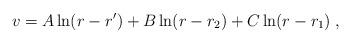
LaTeX: \begin{align*}v = A \ln (r - r') + B \ln (r- r_2) + C \ln (r - r_1) \; ,\end{align*}